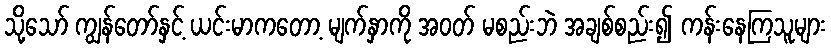
သို့သော် ကျွန်တော်နှင့် ယင်းမာကတော့ မျက်နှာကို အဝတ် မစည်းဘဲ အချစ်စည်း၍ ကန်းနေကြသူများ